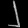
Digit: ၂